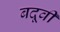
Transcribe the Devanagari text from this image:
बदूवी